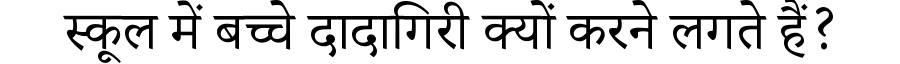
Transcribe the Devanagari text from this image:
स्कूल में बच्चे दादागिरी क्यों करने लगते हैं?